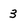
Character: 3